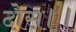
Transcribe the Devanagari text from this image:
दोस।।